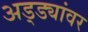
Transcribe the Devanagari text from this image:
अड्ड्यांवर